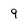
Character: 9